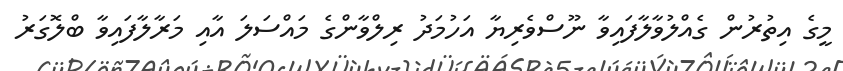
މީގެ އިތުރުން ގެއްލުވާލާފައިވާ ނޫސްވެރިޔާ އަހުމަދު ރިލްވާންގެ މައްސަލަ އާއި މަރާލާފައިވާ ބްލޮގަރު